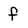
Character: f